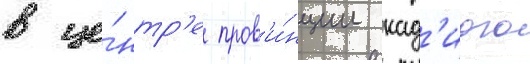
в це́нтр'е пров'и́нции кад'иого